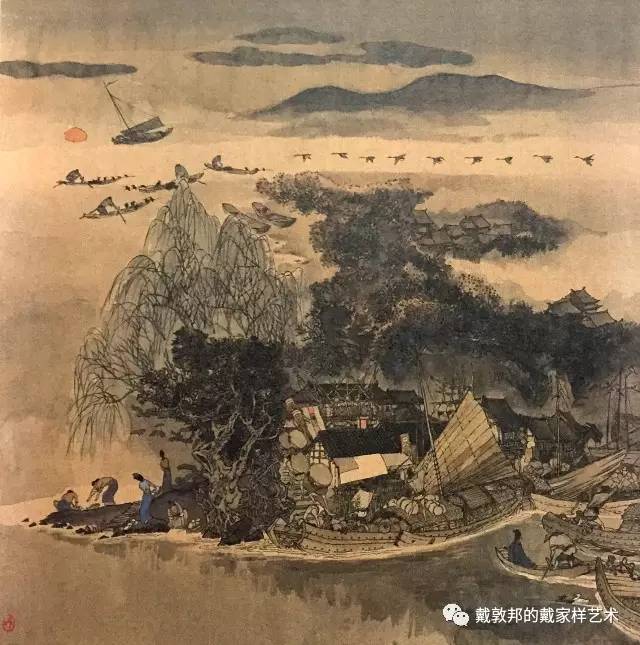
望中酒旆闪闪，一簇烟村，数行霜树。